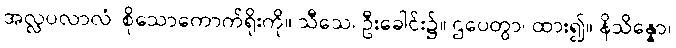
အလ္လပလာလံ၊ စိုသောကောက်ရိုးကို။ သီသေ၊ ဦးခေါင်း၌။ ဌပေတွာ၊ ထား၍။ နိသိန္နော၊